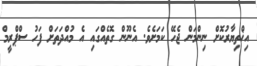
އިޚްތިޔާރުކޮށް ނިންމަން ޖެހޭ ކަމަށެވެ. އެނޫން ގޮތެއްގައި އެ މުއްދަތަށް ފަހު ސްޕްރީމް